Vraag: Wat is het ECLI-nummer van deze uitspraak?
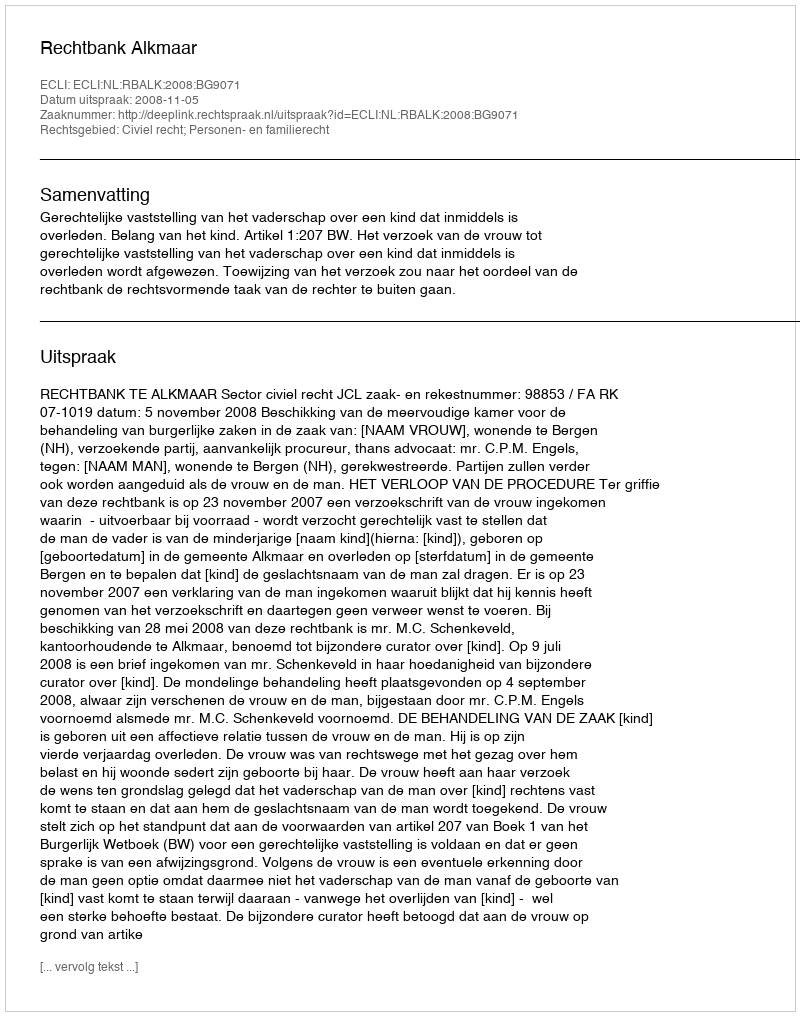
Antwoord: ECLI:NL:RBALK:2008:BG9071